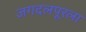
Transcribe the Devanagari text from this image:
जगदलपूरला